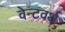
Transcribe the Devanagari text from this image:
वेन्टवर्थ